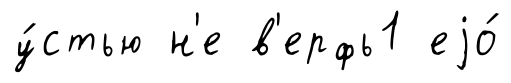
у́стью н'е в'ерфь1 еjо́